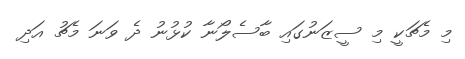
މި މެޗަކީ މި ސީޒަނުގައި ބާސެލޯނާ ކުޅުނު ދެ ވަނަ މެޗު އަދި